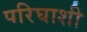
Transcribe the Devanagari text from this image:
परिघाशी